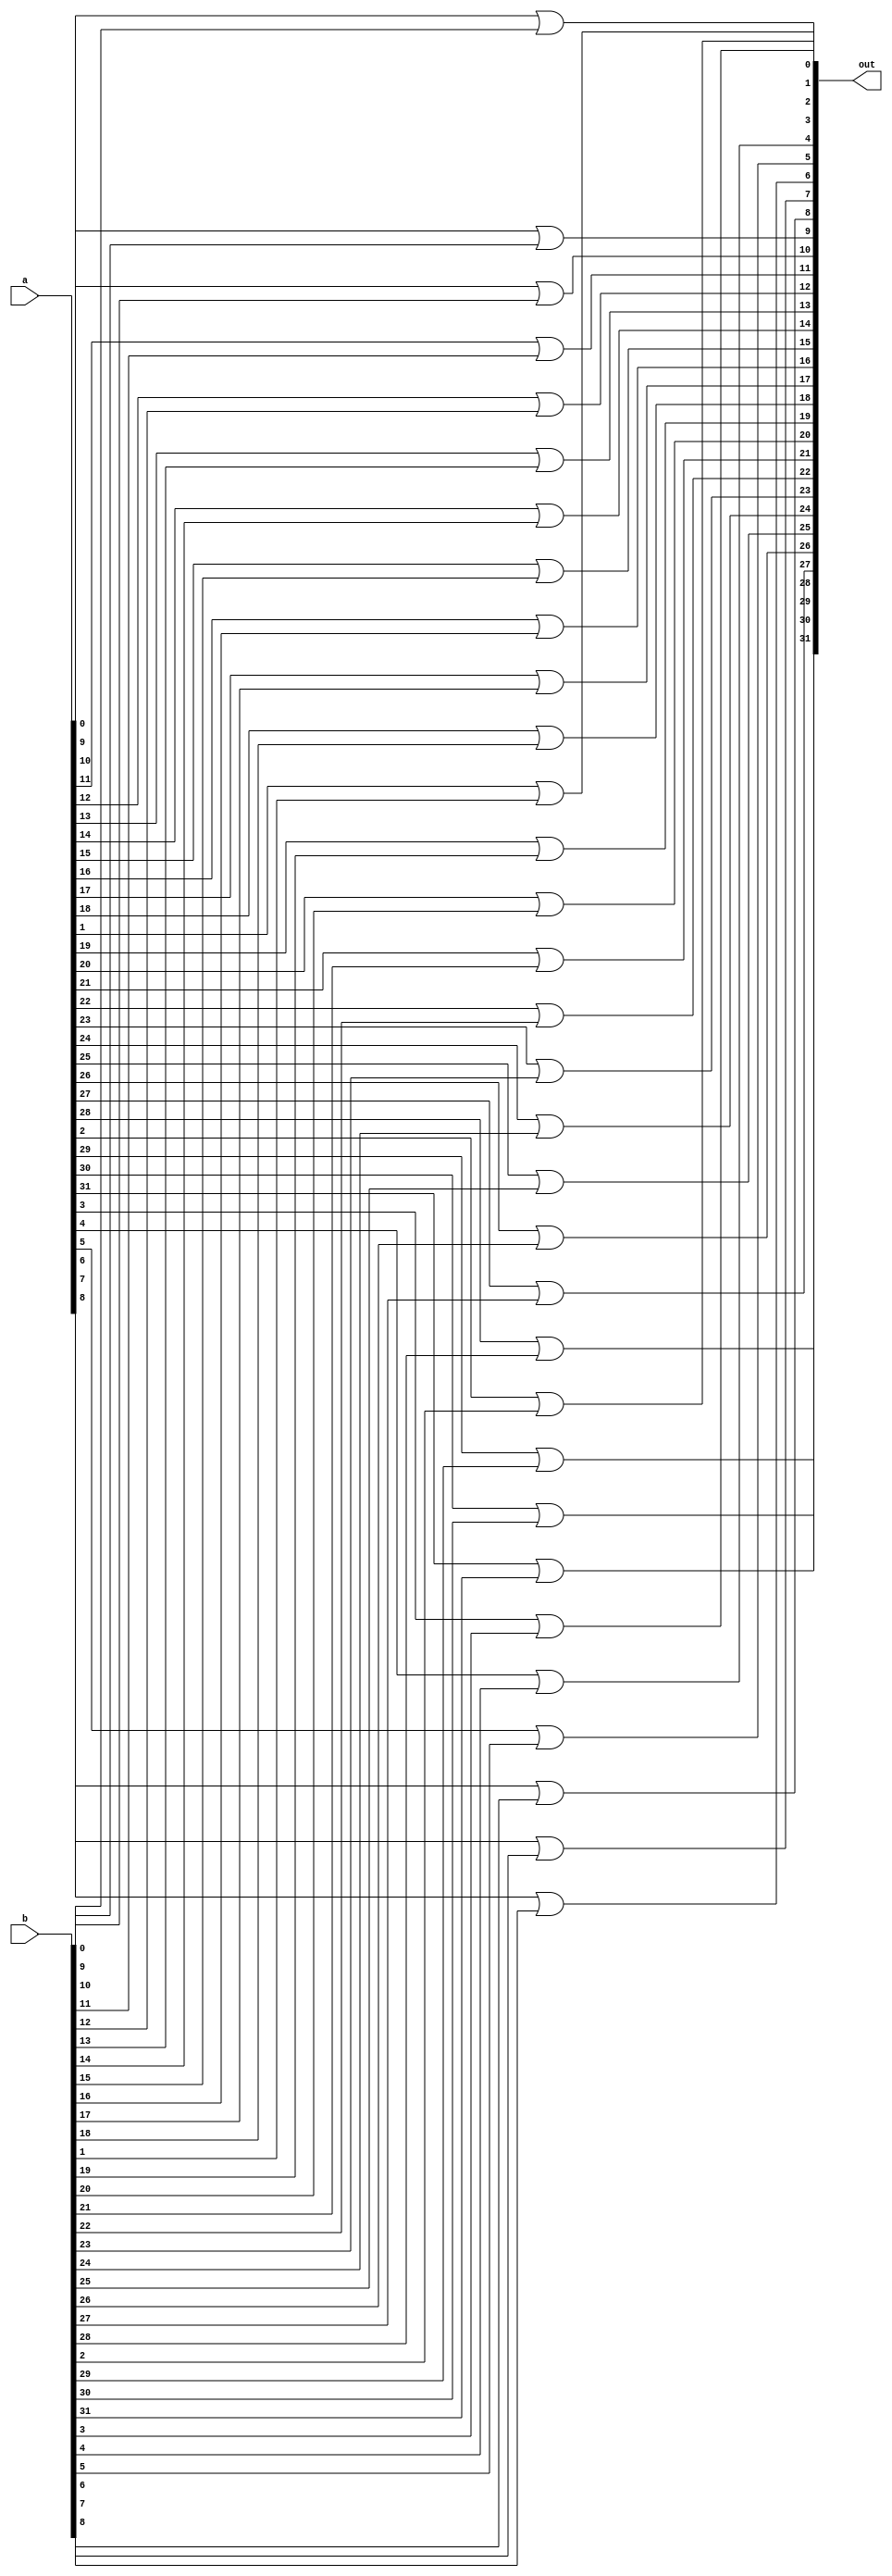
module or32(input [31:0] a, input [31:0] b, output [31:0] out);
	genvar i;
	generate
		for(i = 0; i < 32; i = i + 1)
			begin: or_loop
				or o1(out[i], a[i], b[i]);
			end
	endgenerate
endmodule